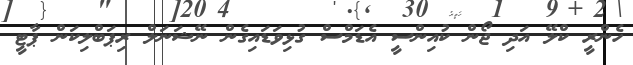
ހެންރީ ކްލޭ އަދި ޖޯން ކުއިންސީ އެޑަމްސް ގުޅިވަޑައިގެން ނޭޝަނަލް ރިޕަބްލިކަން ޕާޓީ